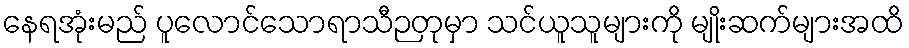
နေရအုံးမည် ပူလောင်သောရာသီဉတုမှာ သင်ယူသူများကို မျိုးဆက်များအထိ